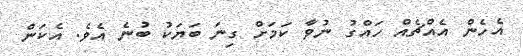
އެހެން އެއްޗެއް ހައްގު ނުވާ ކަމަށް ގިނަ ބަޔަކު ބުނެ އެވެ. އެކަން